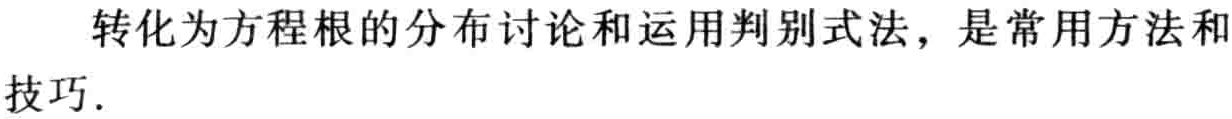
转化为方程根的分布讨论和运用判别式法，是常用方法和技巧.